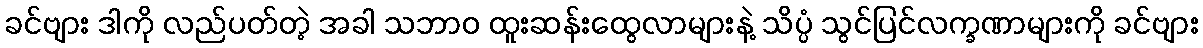
ခင်ဗျား ဒါကို လည်ပတ်တဲ့ အခါ သဘာဝ ထူးဆန်းထွေလာများနဲ့ သိပ္ပံ သွင်ပြင်လက္ခဏာများကို ခင်ဗျား